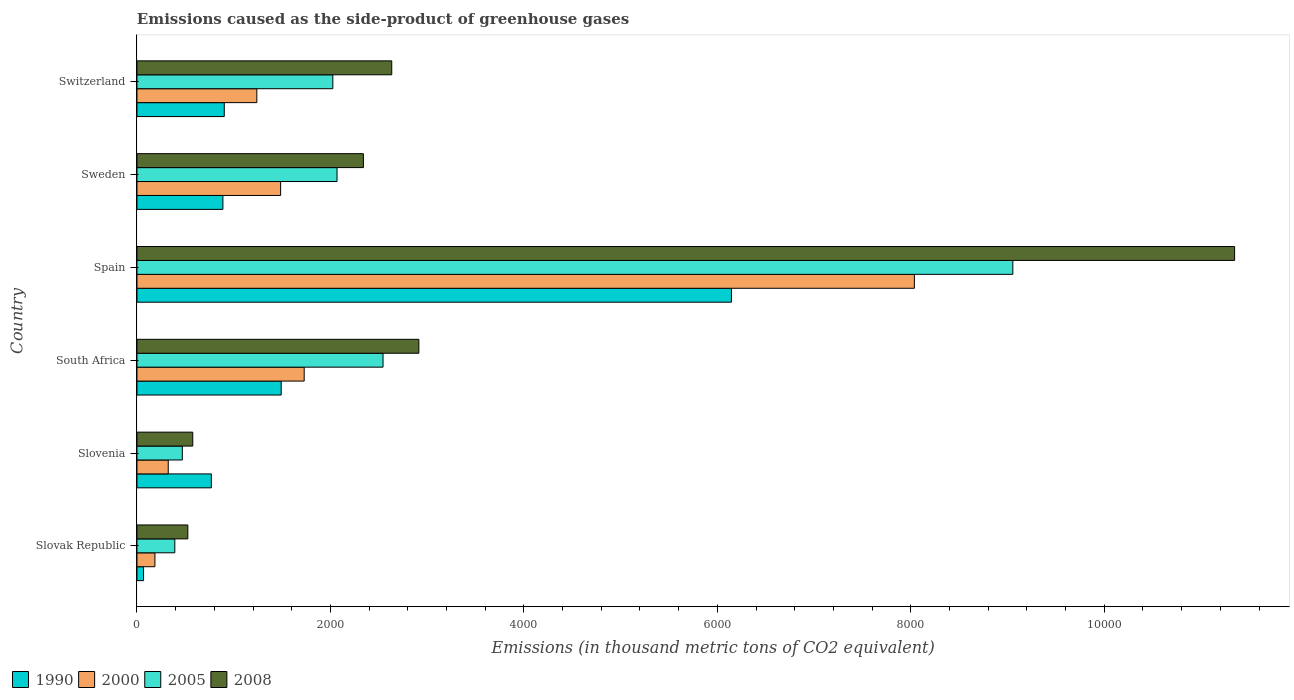
| Country | 1990 | 2000 | 2005 | 2008 |
 | --- | --- | --- | --- | --- |
 | Slovak Republic | 68.3 | 186 | 391 | 526 |
 | Slovenia | 769 | 323 | 469 | 577 |
 | South Africa | 1.49e+03 | 1.73e+03 | 2.54e+03 | 2.91e+03 |
 | Spain | 6.15e+03 | 8.04e+03 | 9.06e+03 | 1.13e+04 |
 | Sweden | 889 | 1.49e+03 | 2.07e+03 | 2.34e+03 |
 | Switzerland | 903 | 1.24e+03 | 2.02e+03 | 2.63e+03 |